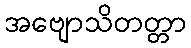
အဗျောသိတတ္တာ